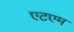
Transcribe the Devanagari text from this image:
एटएम